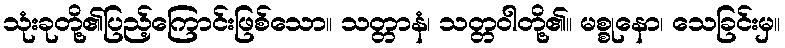
သုံးခုတို့၏ပြည့်ကြောင်းဖြစ်သော။ သတ္တာနံ၊ သတ္တဝါတို့၏။ မစ္စုနော၊ သေခြင်းမှ။